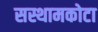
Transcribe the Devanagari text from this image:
सस्थामकोटा